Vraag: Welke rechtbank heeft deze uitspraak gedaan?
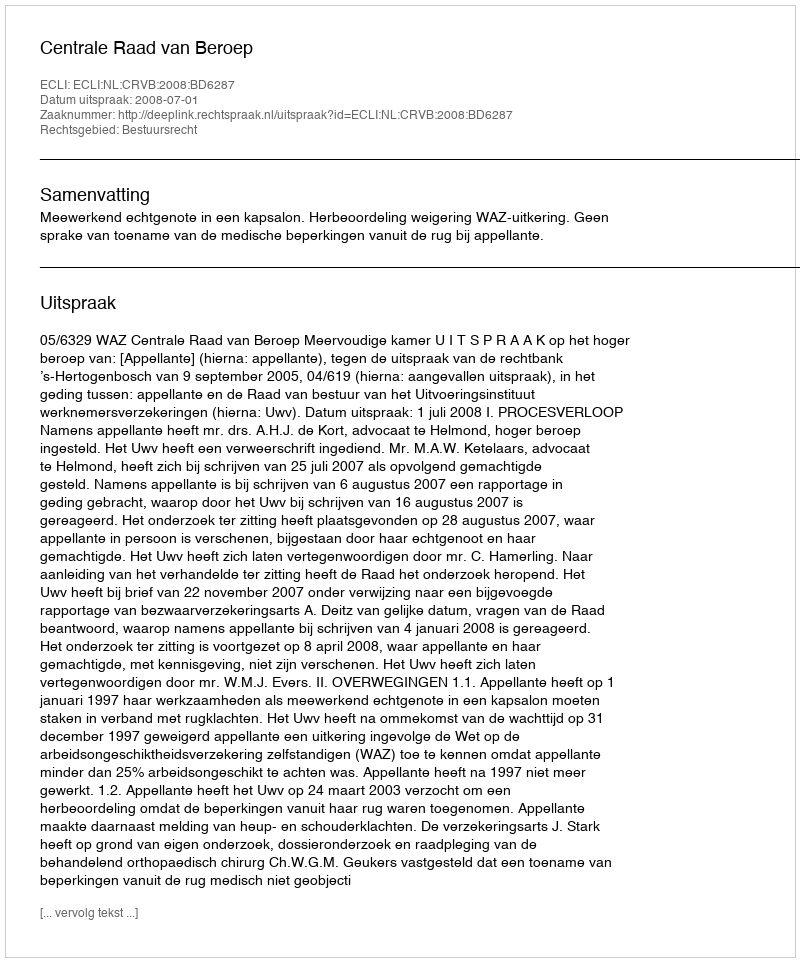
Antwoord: Centrale Raad van Beroep